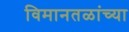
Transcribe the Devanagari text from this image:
विमानतळांच्या